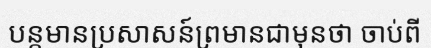
បន្តមានប្រសាសន៍ព្រមានជាមុនថា ចាប់ពី